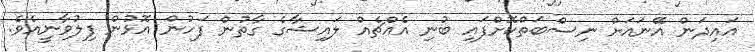
އައިދަން އޭނައަށް ނިސްބަތްކޮށްފައި ބުނި އެއްޗެއް ލައިޝާގެ ގާތުން ފަހުން އޮޅުން ފިލުވާނީއެވެ.